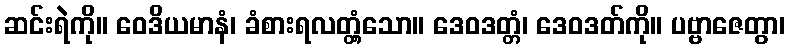
ဆင်းရဲကို။ ဝေဒိယမာနံ၊ ခံစားရလတ္တံ့သော။ ဒေဝဒတ္တံ၊ ဒေဝဒတ်ကို။ ပဗ္ဗာဇေတွာ၊